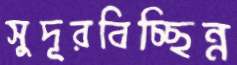
সুদূরবিচ্ছিন্ন